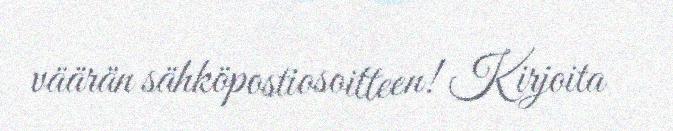
väärän sähköpostiosoitteen! Kirjoita